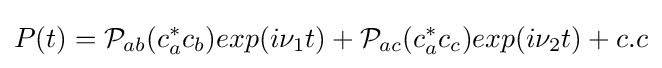
P(t)={\mathcal {P}}_{ab}(c_{a}^{*}c_{b})exp(i\nu _{1}t)+{\mathcal {P}}_{ac}(c_{a}^{*}c_{c})exp(i\nu _{2}t)+c.c